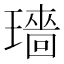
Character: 𬎓